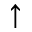
\uparrow